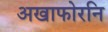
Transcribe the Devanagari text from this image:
अखाफोरनि